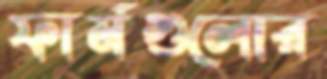
ফার্মগুলোর